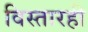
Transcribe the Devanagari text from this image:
विस्तारही